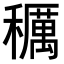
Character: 𥣭